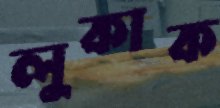
লুকাক